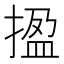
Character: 㨕